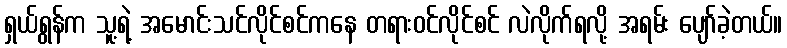
ရှယ်ရွန်က သူ့ရဲ့ အမောင်းသင်လိုင်စင်ကနေ တရားဝင်လိုင်စင် လဲလိုက်ရလို့ အရမ်း ပျော်ခဲ့တယ်။